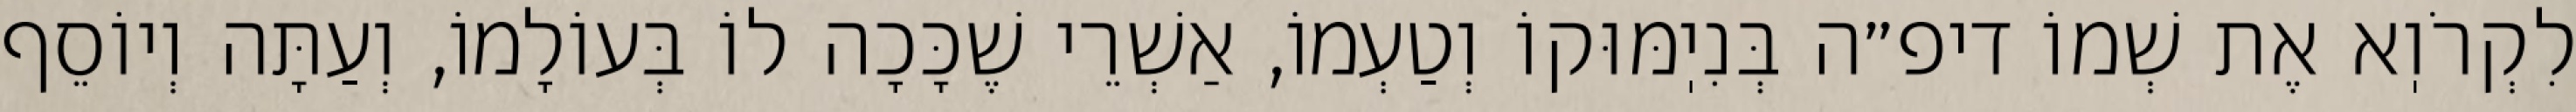
לִקְרֹוֽא אֶת שְׁמוֹ דיפ״ה בְּנִיֽמּוּקוֹ וְטַעְמוֹ, אַשְׁרֵי שֶׁכָּכָה לוֹ בְּעוֹלָמוֹ, וְעַתָּה וְיוֹסֵף